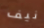
نيف